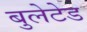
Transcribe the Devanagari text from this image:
बुलेटेड